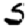
Digit: 5